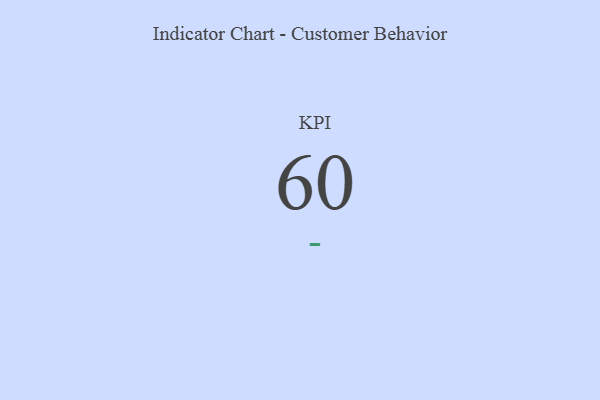
{"axis": {"x": "KPI", "y": "Value"}, "legend": [""], "data": [{"x": "KPI", "y": 60, "type": ""}]}